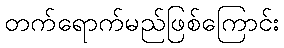
တက်ရောက်မည်ဖြစ်ကြောင်း